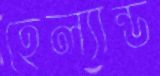
হেল্যান্ড